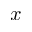
x